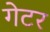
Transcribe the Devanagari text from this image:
गेटर